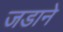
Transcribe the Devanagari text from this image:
जडाने